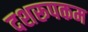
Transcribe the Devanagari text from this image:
दशरूपकम